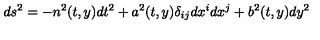
d s ^ { 2 } = - n ^ { 2 } ( t , y ) d t ^ { 2 } + a ^ { 2 } ( t , y ) \delta _ { i j } d x ^ { i } d x ^ { j } + b ^ { 2 } ( t , y ) d y ^ { 2 }